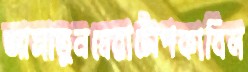
আসাতুনঘেরাটোপকাবিল